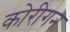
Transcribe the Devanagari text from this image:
कोरीगन